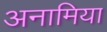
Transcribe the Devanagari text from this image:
अनामिया